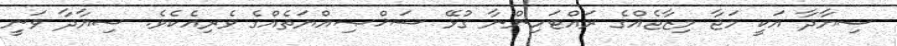
ސިޔާދާ އަކީ މަޖާ މިޒާޖެއްގެ ރައްޓަހިންނާ ގުޅޭ ޝަޚްޞިއްޔަތެއްގެ ވެރިއެކެވެ. ސިޔާދާ ވަނީ